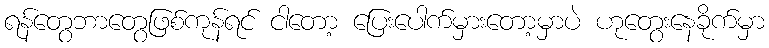
ရန်တွေဘာတွေဖြစ်ကုန်ရင် ငါတော့ ပြေးပေါက်မှားတော့မှာပဲ ဟုတွေးနေခိုက်မှာ